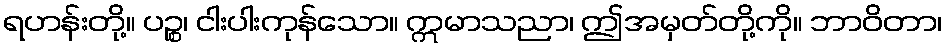
ရဟန်းတို့။ ပဉ္စ၊ ငါးပါးကုန်သော။ ဣမာသညာ၊ ဤအမှတ်တို့ကို။ ဘာဝိတာ၊